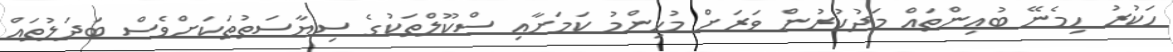
ހަކުރު ހިމެނޭ ބުއިންތައް މަދުކުރުން ވަރަށް މުހިންމު ކަމަށާއި ސްކޫލްތަކުގެ ސިޔާސަތުތަކަށްވެސް ބަދަލުތައް